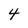
Character: 4